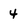
Character: 4